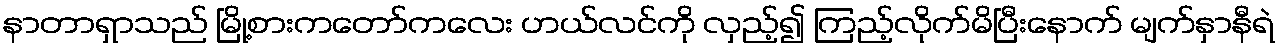
နာတာရှာသည် မြို့စားကတော်ကလေး ဟယ်လင်ကို လှည့်၍ ကြည့်လိုက်မိပြီးနောက် မျက်နှာနီရဲ